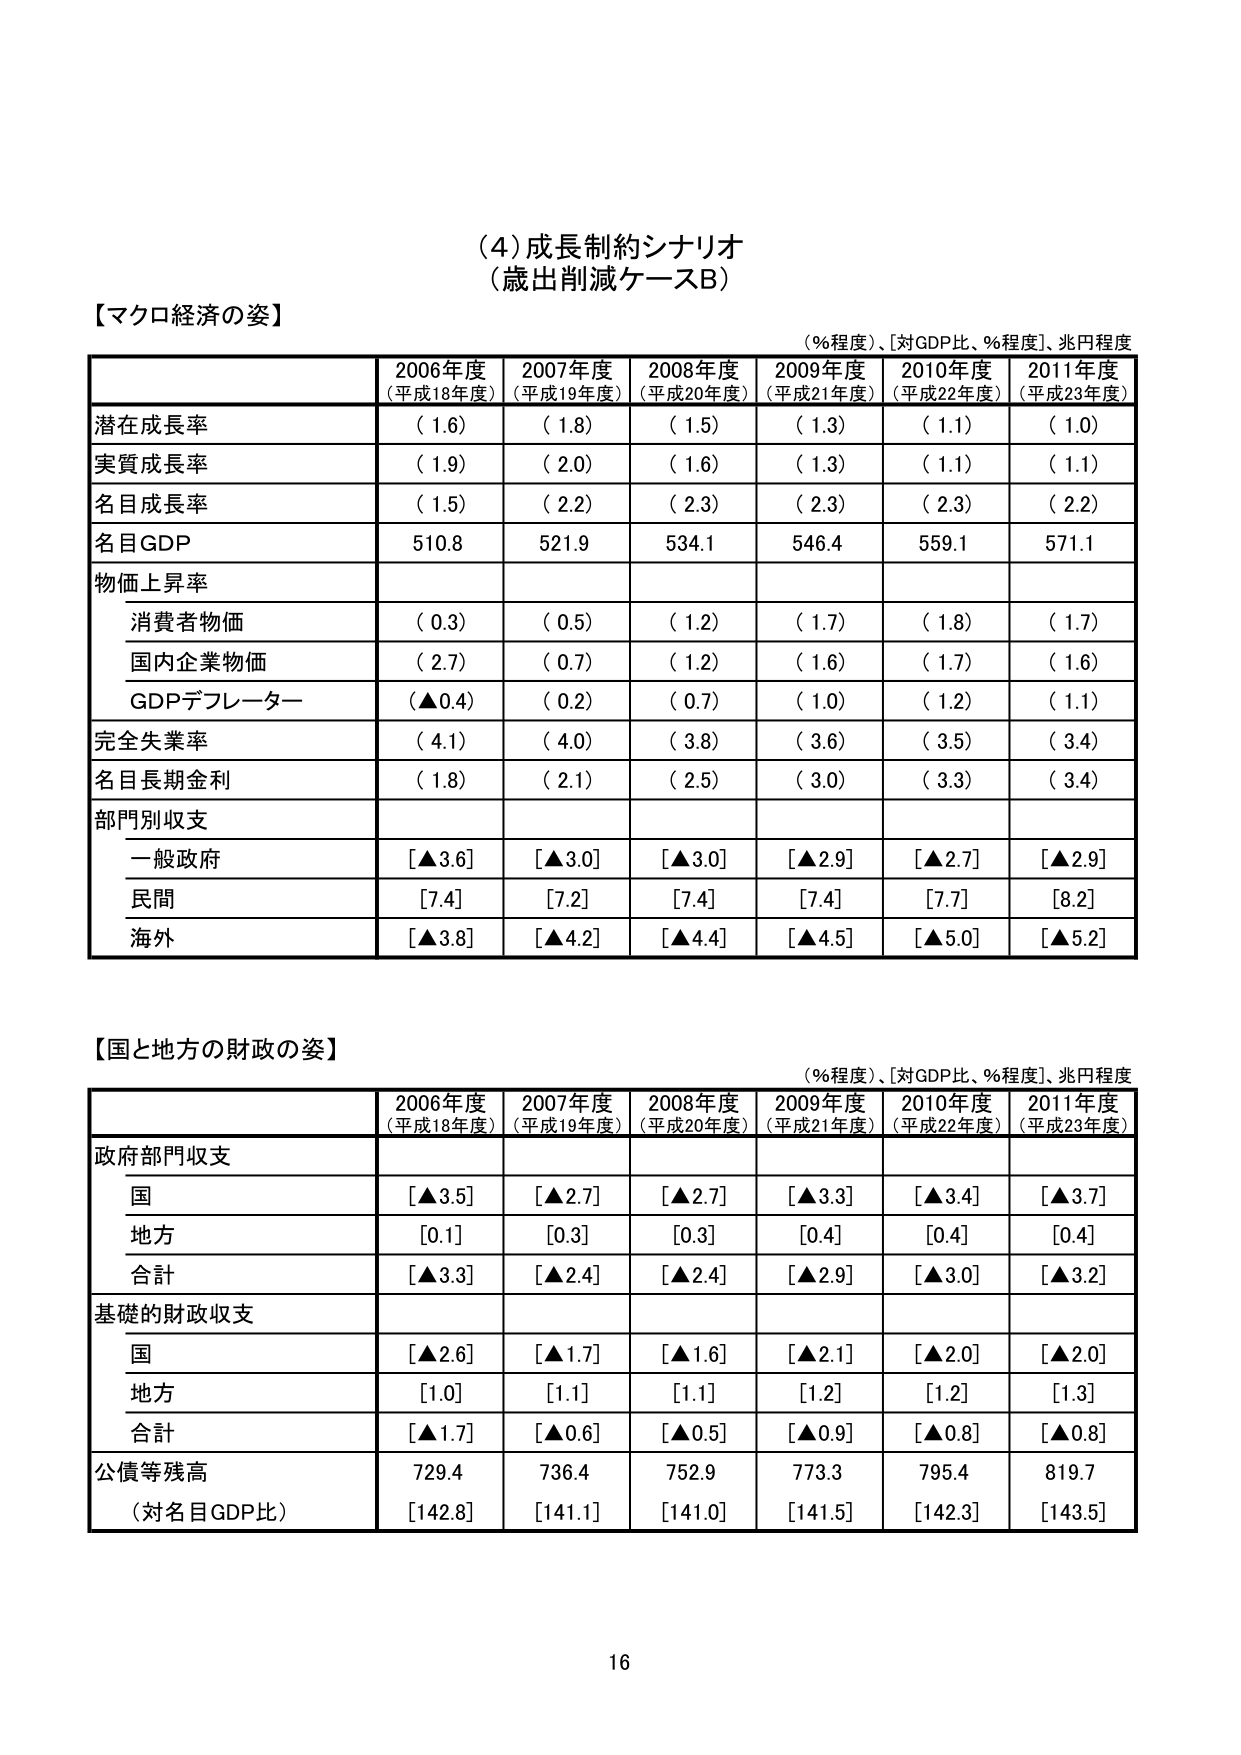
(4) 成長制約シナリオ
（歳出削減ケースB）

【マクロ経済の姿】
（％程度）、［対GDP比、％程度］、兆円程度

| | 2006年度（平成18年度） | 2007年度（平成19年度） | 2008年度（平成20年度） | 2009年度（平成21年度） | 2010年度（平成22年度） | 2011年度（平成23年度） |
|---|---|---|---|---|---|---|
| 潜在成長率 | （1.6） | （1.8） | （1.5） | （1.3） | （1.1） | （1.0） |
| 実質成長率 | （1.9） | （2.0） | （1.6） | （1.3） | （1.1） | （1.1） |
| 名目成長率 | （1.5） | （2.2） | （2.3） | （2.3） | （2.3） | （2.2） |
| 名目GDP | 510.8 | 521.9 | 534.1 | 546.4 | 559.1 | 571.1 |
| 物価上昇率 | | | | | | |
|　消費者物価 | （0.3） | （0.5） | （1.2） | （1.7） | （1.8） | （1.7） |
|　国内企業物価 | （2.7） | （0.7） | （1.2） | （1.6） | （1.7） | （1.6） |
|　GDPデフレーター | （▲0.4） | （0.2） | （0.7） | （1.0） | （1.2） | （1.1） |
| 完全失業率 | （4.1） | （4.0） | （3.8） | （3.6） | （3.5） | （3.4） |
| 名目長期金利 | （1.8） | （2.1） | （2.5） | （3.0） | （3.3） | （3.4） |
| 部門別収支 | | | | | | |
|　一般政府 | [▲3.6] | [▲3.0] | [▲3.0] | [▲2.9] | [▲2.7] | [▲2.9] |
|　民間 | [7.4] | [7.2] | [7.4] | [7.4] | [7.7] | [8.2] |
|　海外 | [▲3.8] | [▲4.2] | [▲4.4] | [▲4.5] | [▲5.0] | [▲5.2] |

【国と地方の財政の姿】
（％程度）、［対GDP比、％程度］、兆円程度

| | 2006年度（平成18年度） | 2007年度（平成19年度） | 2008年度（平成20年度） | 2009年度（平成21年度） | 2010年度（平成22年度） | 2011年度（平成23年度） |
|---|---|---|---|---|---|---|
| 政府部門収支 | | | | | | |
|　国 | [▲3.5] | [▲2.7] | [▲2.7] | [▲3.3] | [▲3.4] | [▲3.7] |
|　地方 | [0.1] | [0.3] | [0.3] | [0.4] | [0.4] | [0.4] |
|　合計 | [▲3.3] | [▲2.4] | [▲2.4] | [▲2.9] | [▲3.0] | [▲3.2] |
| 基礎的財政収支 | | | | | | |
|　国 | [▲2.6] | [▲1.7] | [▲1.6] | [▲2.1] | [▲2.0] | [▲2.0] |
|　地方 | [1.0] | [1.1] | [1.1] | [1.2] | [1.2] | [1.3] |
|　合計 | [▲1.7] | [▲0.6] | [▲0.5] | [▲0.9] | [▲0.8] | [▲0.8] |
| 公債等残高 | 729.4 | 736.4 | 752.9 | 773.3 | 795.4 | 819.7 |
|　（対名目GDP比） | [142.8] | [141.1] | [141.0] | [141.5] | [142.3] | [143.5] |

16